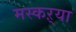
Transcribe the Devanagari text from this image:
मस्कऱ्या